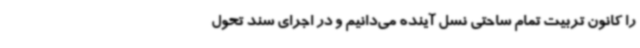
را کانون تربیت تمام ساحتی نسل آینده می‌دانیم و در اجرای سند تحول